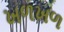
ખળખળ